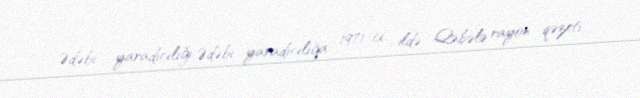
Ədəbi yaradıcılığı Ədəbi yaradıcılığa 1971-ci ildə Qəbələ rayon qəzeti